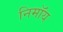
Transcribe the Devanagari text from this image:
निमाॅय